画像に写った文字を読んでください
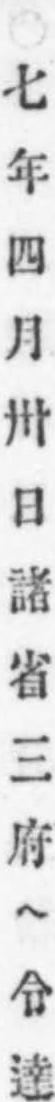
「○七年四月卅日諸省三府ヘ令達」と書いてあります